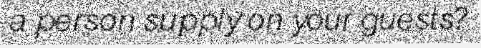
a person supply on your guests?